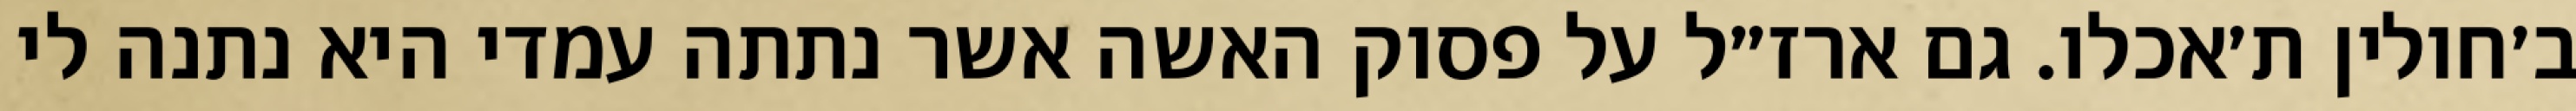
ב׳חולין ת׳אכלו. גם ארז״ל על פסוק האשה אשר נתתה עמדי היא נתנה לי